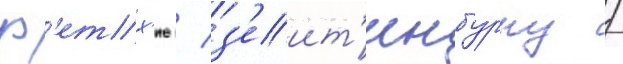
ф'етх'ие / з'еит'инбурну /